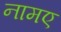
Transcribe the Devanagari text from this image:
नामए